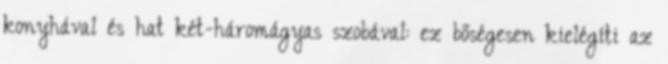
konyhával és hat két-háromágyas szobával: ez bőségesen kielégíti az